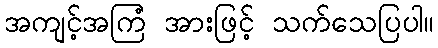
အကျင့်အကြံ အားဖြင့် သက်သေပြပါ။